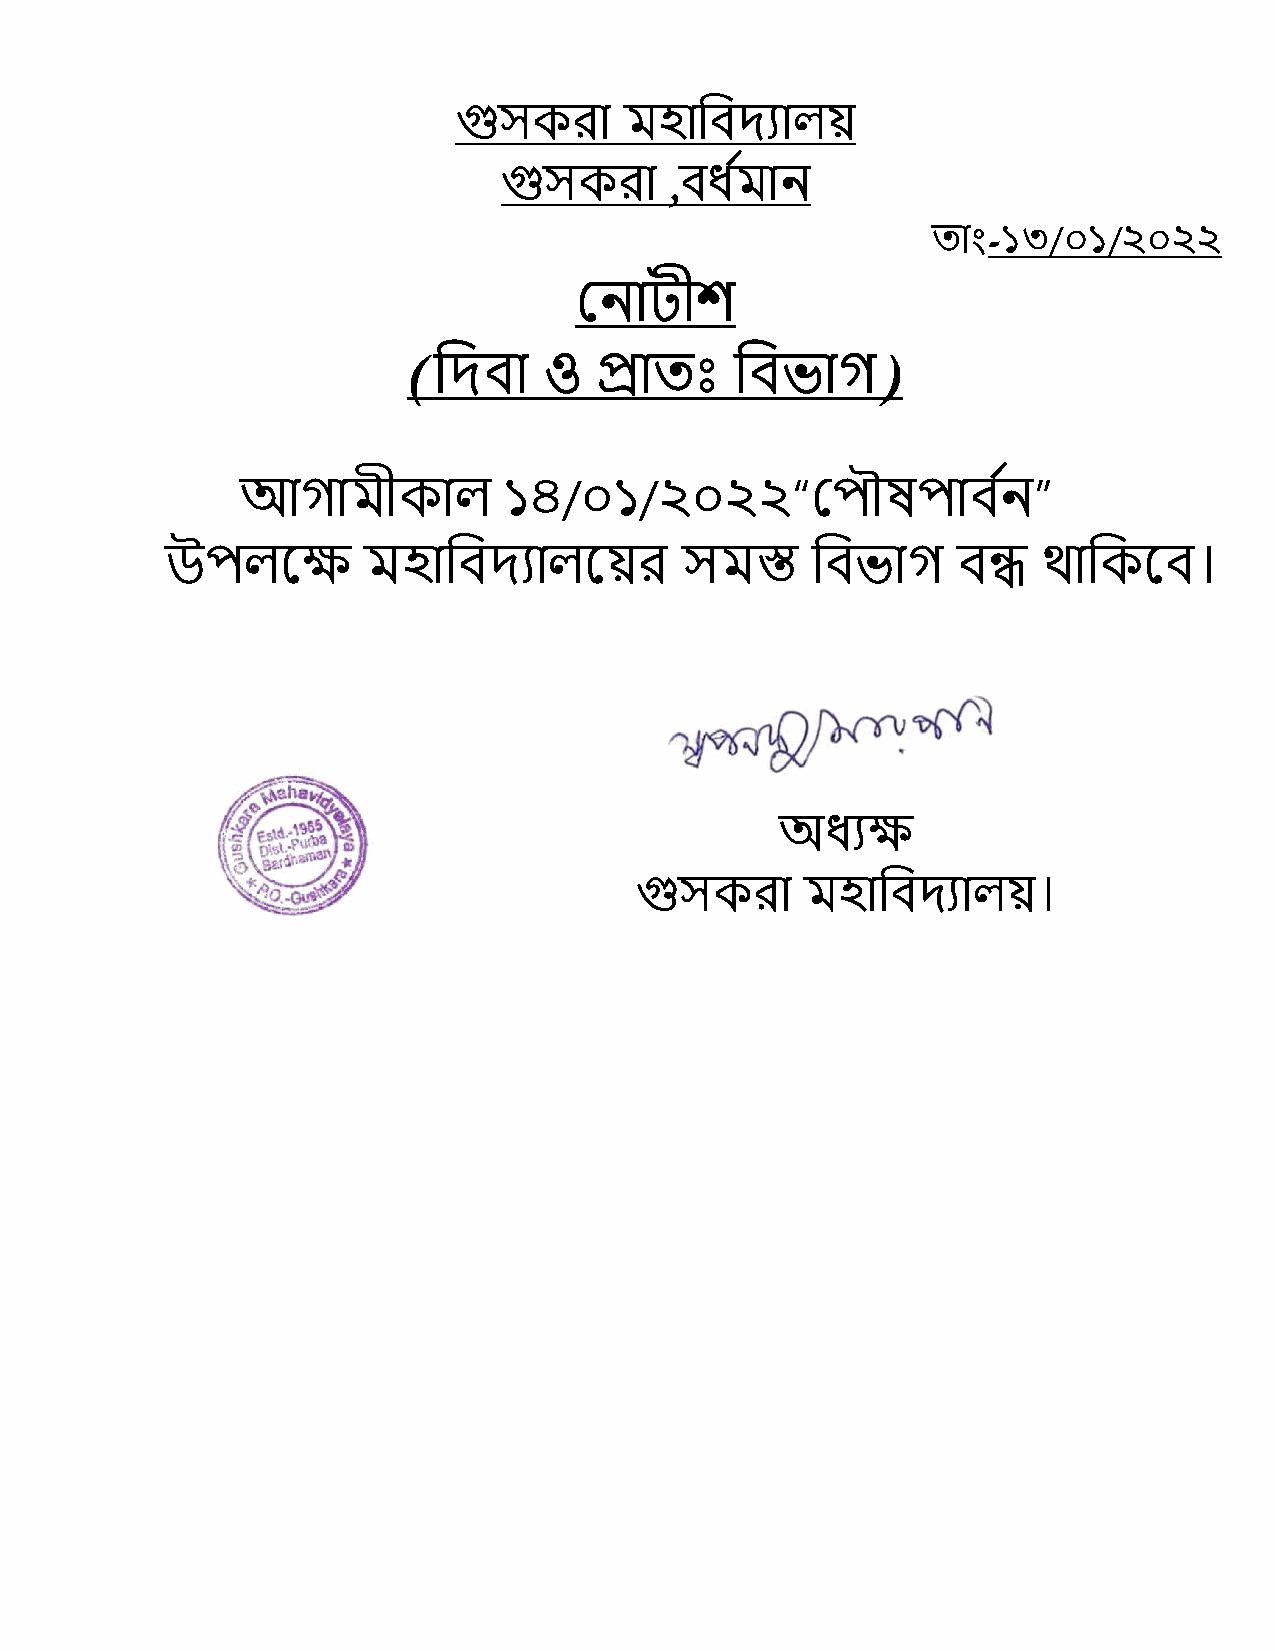
গুসকরা     মহাবিদ্যালয়
 গুসকরা     ,ির্মধ ান
 তাাং-১৩/০১/২০২২
 ননাটীশ
 (বদ্িা   ও  প্রাতঃ    বিভাগ)
 আগামীকাল         ১৪/০১/২০২২“ন             ৌষ   ািনধ ”
 উ    লক্ষে   মহাবিদ্যালক্ষয়র      সমস্ত    বিভাগ    িন্ধ  থাবকক্ষি।
 অর্যে
 গুসকরা     মহাবিদ্যালয়।